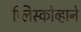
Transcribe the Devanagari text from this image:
प्लिस्कोव्हाने